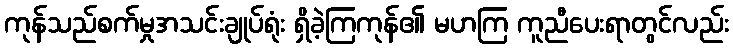
ကုန်သည်စက်မှုအသင်းချုပ်ရုံး ရှိခဲ့ကြကုန်၏ မဟကြ ကူညီပေးရာတွင်လည်း